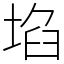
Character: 埳